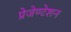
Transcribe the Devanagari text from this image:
प्रेजेण्टेशन